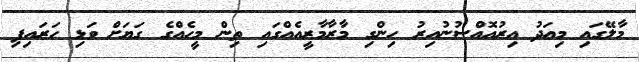
މާލޭގައި މިއަދު އިރުއޮއްސުނުއިރު ހިންގި މާރާމާރީއެއްގައި ތިން މީހެއްގެ ގަޔަށް ވަޅި ހަރައިފި